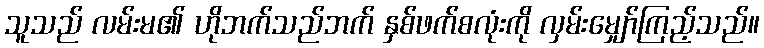
သူသည် လမ်းမ၏ ဟိုဘက်သည်ဘက် နှစ်ဖက်စလုံးကို လှမ်းမျှော်ကြည့်သည်။